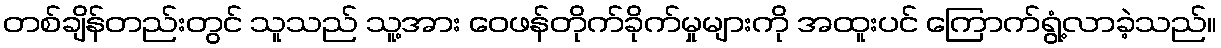
တစ်ချိန်တည်းတွင် သူသည် သူ့အား ဝေဖန်တိုက်ခိုက်မှုများကို အထူးပင် ကြောက်ရွံ့လာခဲ့သည်။